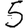
Digit: 5